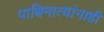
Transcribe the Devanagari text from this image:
पाश्चिमात्यांनाही